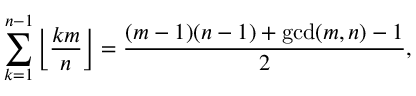
\sum _ { k = 1 } ^ { n - 1 } \left\lfloor { \frac { k m } { n } } \right\rfloor = { \frac { ( m - 1 ) ( n - 1 ) + \operatorname* { g c d } ( m , n ) - 1 } { 2 } } ,